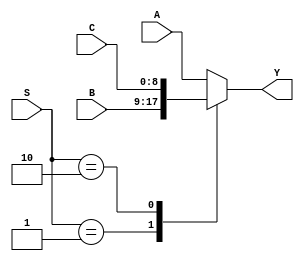
`define bits 9
module MUX3 (
	input [`bits-1:0] A, B, C,
	input [1:0] S,
	output reg [`bits-1:0] Y
);
	always @(*) begin
		case (S)
			2'b00: Y = A;
			2'b01: Y = B;
			2'b10: Y = C;
			default : Y = A;
		endcase
	end
endmodule